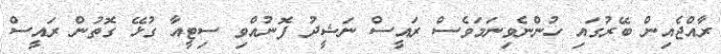
ރާއްޖެއިން ބޭރުގައި ހުންނެވިނަމަވެސް ރައީސް ނަޝީދު ފޮނުއްވި ސިޓީއާ ގުޅޭ ގޮތުން ރައީސް